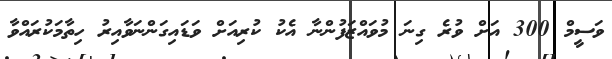
ވަސީމް 300 އަށް ވުރެ ގިނަ މުވައްޒަފުންނާ އެކު ކުރިއަށް ވަޑައިގަންނަވާއިރު ހިތާމަކުރައްވާ